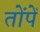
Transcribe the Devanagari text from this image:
तोंपें